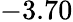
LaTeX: -3.70